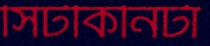
সিটকিনিটা